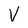
Character: V